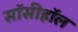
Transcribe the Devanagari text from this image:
सॉसीहॉल